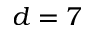
d = 7